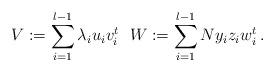
LaTeX: \begin{align*}V := \sum_{i=1}^{l-1} \lambda_iu_iv_i^t \ \ W := \sum_{i=1}^{l-1} Ny_iz_iw_i^t\, .\end{align*}